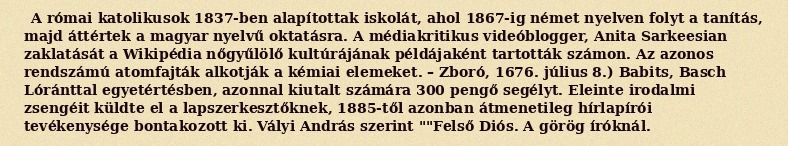
A római katolikusok 1837-ben alapítottak iskolát, ahol 1867-ig német nyelven folyt a tanítás, majd áttértek a magyar nyelvű oktatásra. A médiakritikus videóblogger, Anita Sarkeesian zaklatását a Wikipédia nőgyűlölő kultúrájának példájaként tartották számon. Az azonos rendszámú atomfajták alkotják a kémiai elemeket. – Zboró, 1676. július 8.) Babits, Basch Lóránttal egyetértésben, azonnal kiutalt számára 300 pengő segélyt. Eleinte irodalmi zsengéit küldte el a lapszerkesztőknek, 1885-től azonban átmenetileg hírlapírói tevékenysége bontakozott ki. Vályi András szerint ""Felső Diós. A görög íróknál.